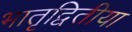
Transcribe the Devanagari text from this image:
भातृद्वितीया